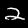
Digit: 2